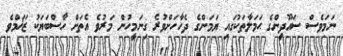
ނަމަވެސް ސައޫދީންގެ ޙަމަލާތަކުގައި ޔަމަންގެ ދެހާހަށްވުރެ ގިނަމީހުން މަރުވެ އެތަށް ހާސްބަޔަކު ޒަޚަމްވެ